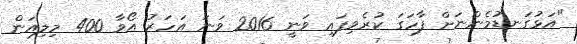
"އަޅުގަނޑުމެންނަށް ފާހަގަ ކުރެވިފައި ވަނީ 2016 ވަނަ އަހަރު އޯވާ 400 މިލިއަން